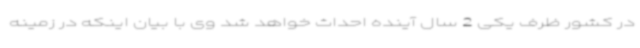
در کشور ظرف یکی 2 سال آینده احداث خواهد شد وی با بیان اینکه در زمینه